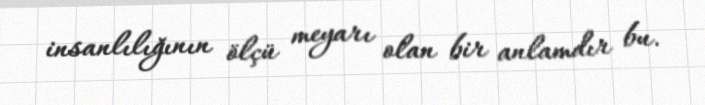
insanlılığının ölçü meyarı olan bir anlamdır bu.